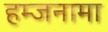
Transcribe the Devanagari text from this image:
हम्जनामा